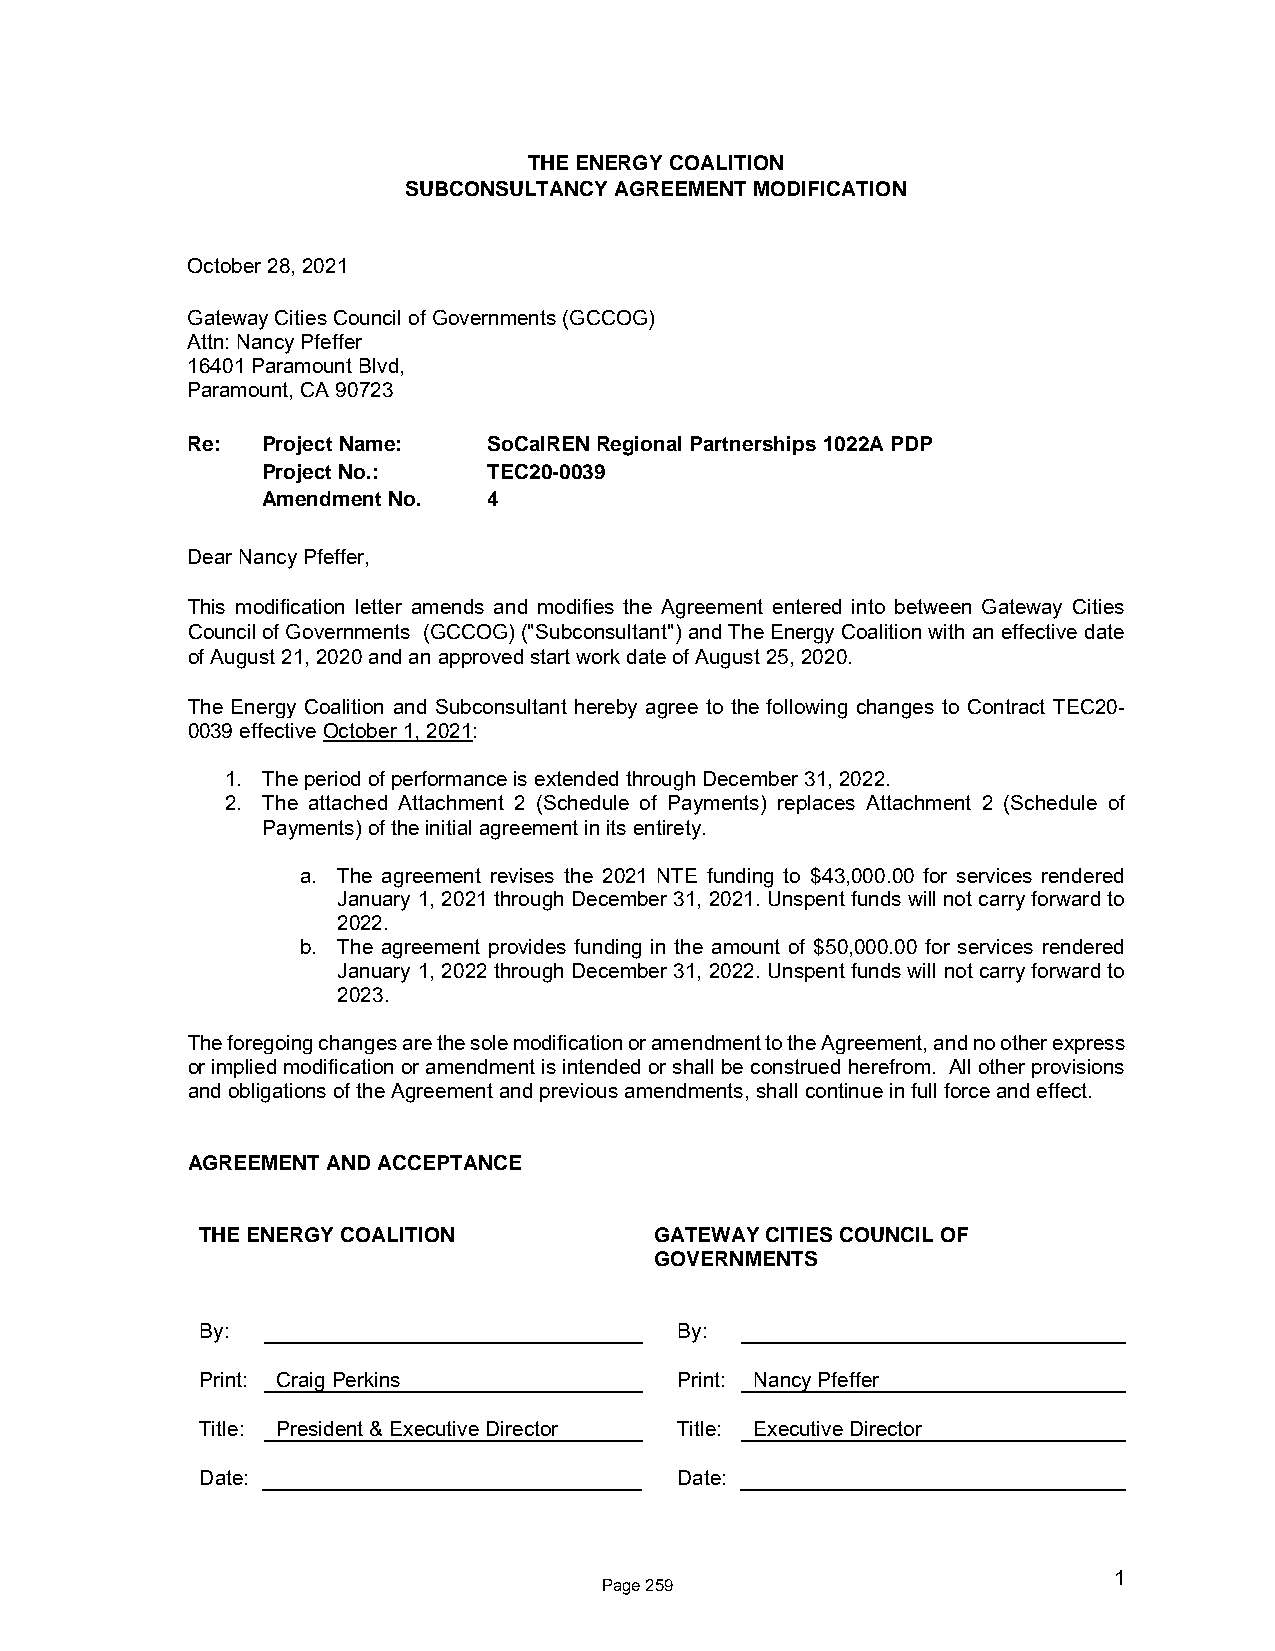
THE ENERGY COALITION
 SUBCONSULTANCY AGREEMENT MODIFICATION
 October 28, 2021
 Gateway Cities Council of Governments (GCCOG)
 Attn: Nancy Pfeffer
 16401 Paramount Blvd,
 Paramount, CA 90723
 Re:  Project Name:  SoCalREN Regional Partnerships 1022A PDP
 Project No.:   TEC20-0039
 Amendment No.  4
 Dear Nancy Pfeffer,
 This modification letter amends and modifies the Agreement entered into between Gateway Cities
 Council of Governments (GCCOG) ("Subconsultant") and The Energy Coalition with an effective date
 of August 21, 2020 and an approved start work date of August 25, 2020.
 The Energy Coalition and Subconsultant hereby agree to the following changes to Contract TEC20-
 0039 effective October 1, 2021:
 1. The period of performance is extended through December 31, 2022.
 2. The attached Attachment 2 (Schedule of Payments) replaces Attachment 2 (Schedule of
 Payments) of the initial agreement in its entirety.
 a. The agreement revises the 2021 NTE funding to $43,000.00 for services rendered
 January 1, 2021 through December 31, 2021. Unspent funds will not carry forward to
 2022.
 b. The agreement provides funding in the amount of $50,000.00 for services rendered
 January 1, 2022 through December 31, 2022. Unspent funds will not carry forward to
 2023.
 The foregoing changes are the sole modification or amendment to the Agreement, and no other express
 or implied modification or amendment is intended or shall be construed herefrom. All other provisions
 and obligations of the Agreement and previous amendments, shall continue in full force and effect.
 AGREEMENT AND ACCEPTANCE
 THE ENERGY COALITION          GATEWAY CITIES COUNCIL OF
 GOVERNMENTS
 By:                             By:
 Print: Craig Perkins            Print: Nancy Pfeffer
 Title: President & Executive Director Title: Executive Director
 Date:                           Date:
 1
 Page 259